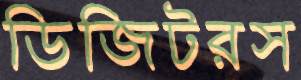
ডিজিটরস